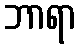
ဘာရာ